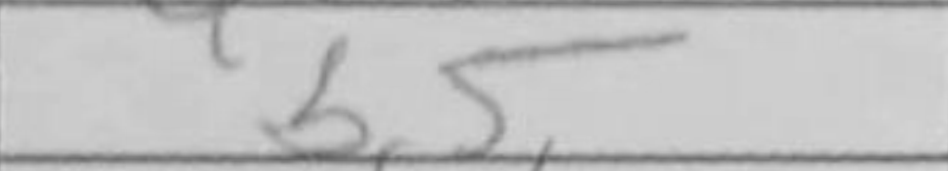
Transcription: b5